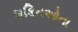
શકિતઓના